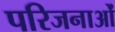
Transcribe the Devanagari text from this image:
परिजनाओं